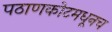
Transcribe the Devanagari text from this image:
पठाणकोटमधूनच